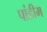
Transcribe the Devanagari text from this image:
पांडीम